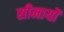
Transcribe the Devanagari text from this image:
सीमायों